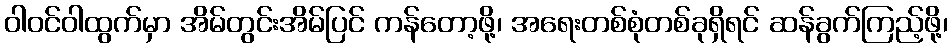
ဝါဝင်ဝါထွက်မှာ အိမ်တွင်းအိမ်ပြင် ကန်တော့ဖို့၊ အရေးတစ်စုံတစ်ခုရှိရင် ဆန်ခွက်ကြည့်ဖို့၊